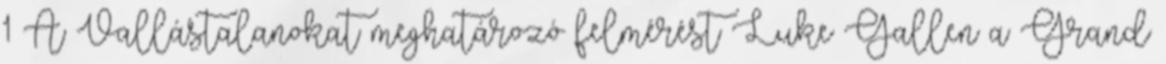
1 A Vallástalanokat meghatározó felmérést Luke Gallen a Grand